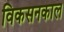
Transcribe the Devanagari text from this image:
विकसनकाल